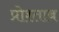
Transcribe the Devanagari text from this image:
प्रोश्ताब